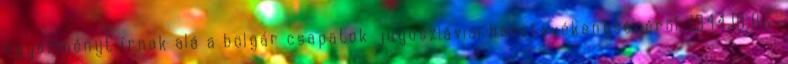
egyezményt írnak alá a bolgár csapatok jugoszláviai harctevékenységérõl. 1944.10.06.